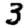
Digit: 3